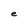
Character: e